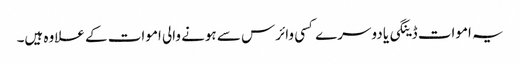
یہ اموات ڈینگی یا دوسرے کسی وائرس سے ہونے والی اموات کے علاوہ ہیں۔